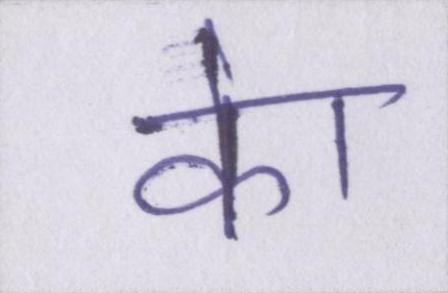
केा